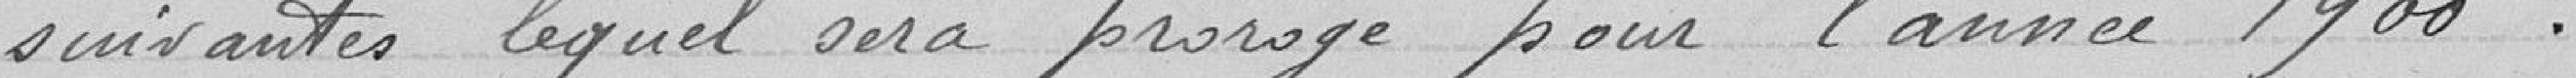
suivantes lequel sera prorogé pour l'année 1900.